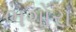
ભગોરા